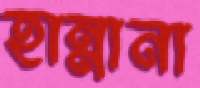
হান্নানা